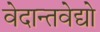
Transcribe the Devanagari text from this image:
वेदान्तवेद्यो